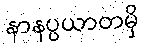
နာနပ္ပယာတမှိ